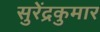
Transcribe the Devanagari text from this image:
सुरेंद्रकुमार